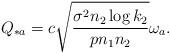
LaTeX: \begin{align*}Q_{*a}=c\sqrt{\frac{\sigma^2 n_2\log k_2}{pn_1n_2}}\omega_a.\end{align*}